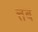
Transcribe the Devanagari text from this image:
त्तब